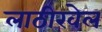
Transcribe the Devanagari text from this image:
लाठीखेल